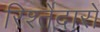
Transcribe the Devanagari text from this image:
रिश्‍तेदारों